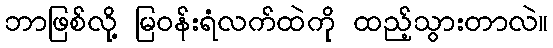
ဘာဖြစ်လို့ မြဝန်းရံလက်ထဲကို ထည့်သွားတာလဲ။